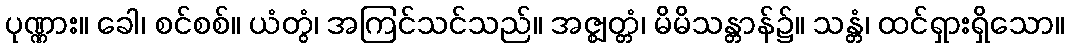
ပုဏ္ဏား။ ခေါ၊ စင်စစ်။ ယံတွံ၊ အကြင်သင်သည်။ အဇ္ဈတ္တံ၊ မိမိသန္တာန်၌။ သန္တံ၊ ထင်ရှားရှိသော။